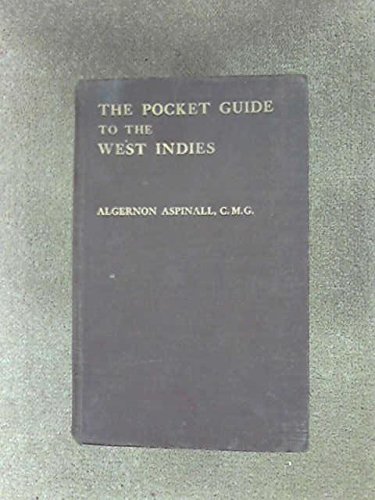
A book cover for The pocket guide to the West Indies: British Guiana, British Honduras, the Bermudas, the Spanish Main and the Panama Canal; Algernon Edward Aspinall; Travel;